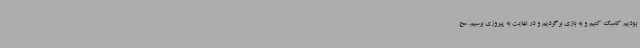
بودیم کامبک کنیم و به بازی برگردیم و در نهایت به پیروزی برسیم. مح